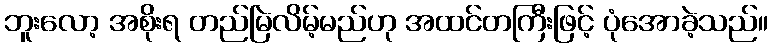
ဘူးလော့ အစိုးရ တည်မြဲလိမ့်မည်ဟု အထင်တကြီးဖြင့် ပုံအောခဲ့သည်။